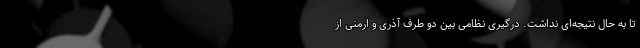
تا به حال نتیجه‌ای نداشت. درگیری نظامی بین دو طرف آذری و ارمنی از